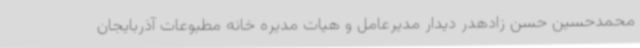
محمدحسین حسن زادهدر دیدار مدیرعامل و هیات مدیره خانه مطبوعات آذربایجان